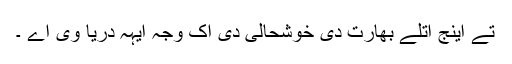
تے اینج اتلے بھارت دی خوشحالی دی اک وجہ ایہہ دریا وی اے ۔